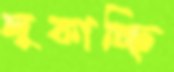
লুকাচ্ছি